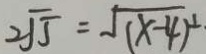
2 \sqrt { 5 } = \sqrt { ( x - 4 ) ^ { 2 } }